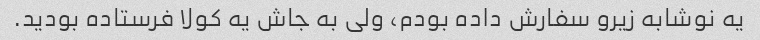
یه نوشابه زیرو سفارش داده بودم، ولی به جاش یه کولا فرستاده بودید.